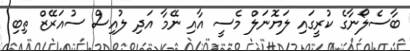
ބާސެލޯނާގެ ކުރީގައި ލަޔޮނަލް މެސީ އާއި ނޭމާ އަދި ލުއިސް ސުއަރޭޒް ތިބި